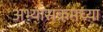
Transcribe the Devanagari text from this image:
अभ्यासक्रमच्या